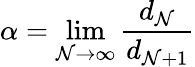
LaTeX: \alpha=\lim\limits_{\mathcal{N}\rightarrow\infty}\frac{{d_{\mathcal{N}}}}{{d_{\mathcal{N}+1}}}